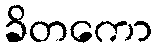
ခိတကော